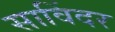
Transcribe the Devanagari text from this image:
साविंदर